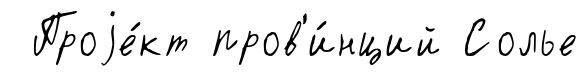
Проjе́кт пров'и́нций Солье